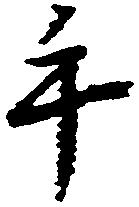
手